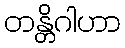
တန္တိဂါဟာ